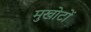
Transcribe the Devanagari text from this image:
मुखोटों